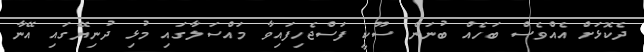
ދެކޮޅަށް އެއްވެސް ބަހެއް ބުނަން ސޫކީ ފަސްޖެހިފައިވާ މައްސަލާގައި މުޅި ދުނިޔޭގައި އޭނާ